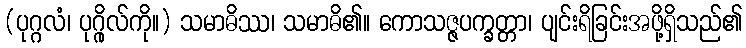
(ပုဂ္ဂလံ၊ ပုဂ္ဂိုလ်ကို။) သမာဓိဿ၊ သမာဓိ၏။ ကောသဇ္ဇပက္ခတ္တာ၊ ပျင်းရိခြင်းအဖို့ရှိသည်၏